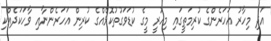
އަދި މިހާރު އަހަރެންގެ ކުރިމަތީގައި މިހުރީ މީގެ ކުޑަވަގުތުކޮޅެއްގެ ކުރިން އަހަރެންނާއި ވާހަކަދެއްކި